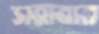
সরাবার